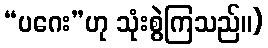
“ပဂေး”ဟု သုံးစွဲကြသည်။)